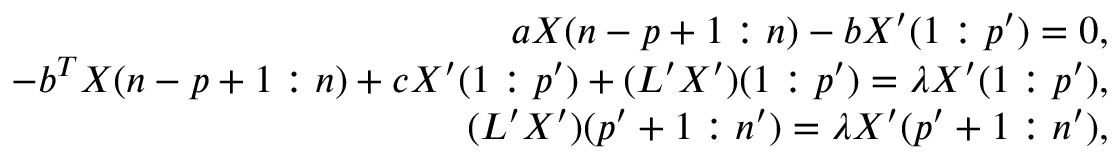
\begin{array} { r } { a X ( n - p + 1 : n ) - b X ^ { \prime } ( 1 : p ^ { \prime } ) = 0 , } \\ { - b ^ { T } X ( n - p + 1 : n ) + c X ^ { \prime } ( 1 : p ^ { \prime } ) + ( L ^ { \prime } X ^ { \prime } ) ( 1 : p ^ { \prime } ) = \lambda X ^ { \prime } ( 1 : p ^ { \prime } ) , } \\ { ( L ^ { \prime } X ^ { \prime } ) ( p ^ { \prime } + 1 : n ^ { \prime } ) = \lambda X ^ { \prime } ( p ^ { \prime } + 1 : n ^ { \prime } ) , } \end{array}